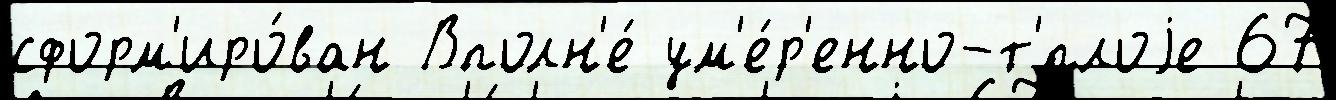
сформ'иро́ван Вполн'е́ ум'е́р'енно-т'́плоjе 67